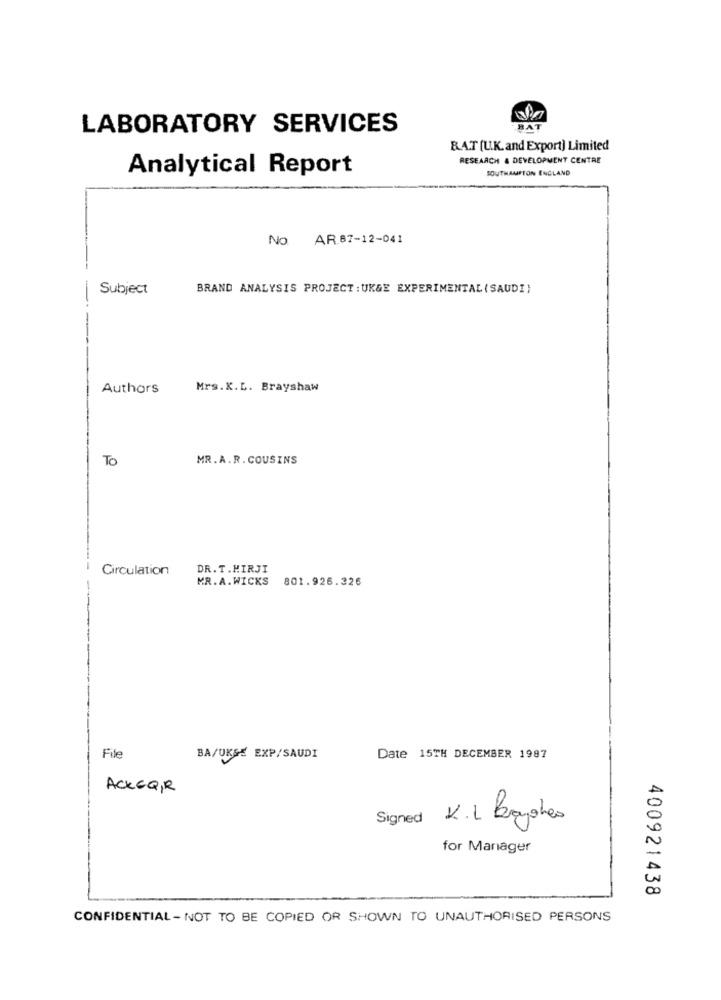
LABORATORY SERVICES
RAT (U.K. and Export) Limited
RESEARCH & DEVELOPMENT CENTRE
SOUTHAMPTON ENGLAND
Analytical Report
No. AR 87-12-041
Subject
BRAND ANALYSIS PROJECT : UK&E EXPERIMENTAL (SAUDI)
-
Authors
Mrs.K.L. Brayshaw
To
MR.A.R. COUSINS
Circulation
DR. T.MIRJI
MR.A.WICKS
801.926.326
File
BA/UKSE EXP/SAUDI
Date 15TH DECEMBER 1987
ACKEQIR
Signed K.L Boyshes
for Manager
400921438
CONFIDENTIAL - NOT TO BE COPIED OR SHOWN TO UNAUTHORISED PERSONS